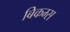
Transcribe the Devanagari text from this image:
बिकम्स